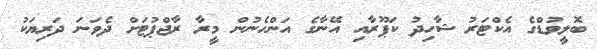
ބޮލީވުޑްގެ އެކްޓަރު ޝާހިދު ކަޕޫރާއި އޭނާގެ އަންހެނުން މީރާ ރާޖްޕުޓަށް ދެވަނަ ދަރިޔަކު